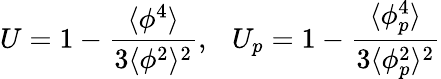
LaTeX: U=1-\frac{\langle\phi^{4}\rangle}{3\langle\phi^{2}\rangle^{2}},\ \ \ U_{p}=1-\frac{\langle\phi_{p}^{4}\rangle}{3\langle\phi_{p}^{2}\rangle^{2}}